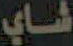
شاي